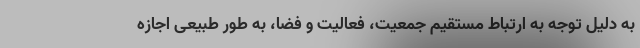
به دلیل توجه به ارتباط مستقیم جمعیت، فعالیت و فضا، به‌ طور طبیعی اجازه